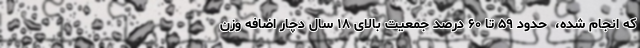
که انجام شده، ‌ حدود ۵۹ تا ۶۰ درصد جمعیت بالای ۱۸ سال دچار اضافه وزن